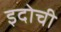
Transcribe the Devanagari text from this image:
इदोची